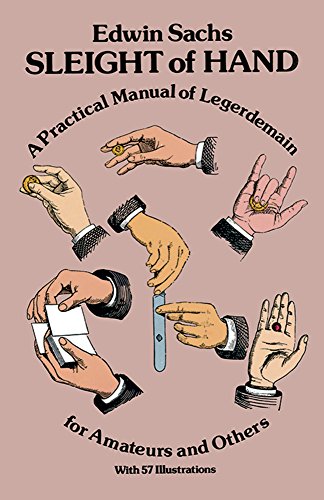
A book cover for Sleight of Hand (Dover Magic Books); Edwin Sachs; Humor & Entertainment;